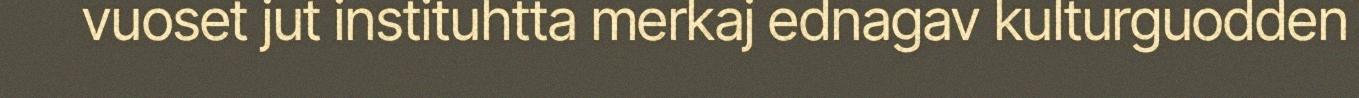
vuoset jut instituhtta merkaj ednagav kulturguodden